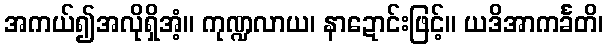
အကယ်၍အလိုရှိအံ့။ ကုဏ္ဍလာယ၊ နာဍောင်းဖြင့်။ ယဒိအာကင်္ခတိ၊